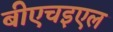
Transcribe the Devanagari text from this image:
बीएचइएल